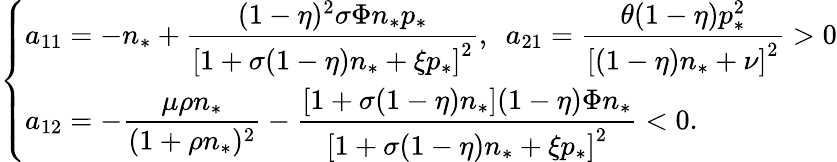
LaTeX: \left\{ \begin{array}{ll}{a_{11}=-n_{*}+\displaystyle\frac{(1-\eta)^{2}\sigma\Phi n_{*}p_{*}}{\left[1+\sigma(1-\eta)n_{*}+\xi p_{*}\right]^{2}},\, \, \, a_{21}=\displaystyle\frac{\theta(1-\eta)p_{*}^{2}}{\left[(1-\eta)n_{*}+\nu\right]^{2}}>0}\\ {a_{12}=-\displaystyle\frac{\mu\rho n_{*}}{(1+\rho n_{*})^{2}}-\displaystyle\frac{\left[1+\sigma(1-\eta)n_{*}\right](1-\eta)\Phi n_{*}}{\left[1+\sigma(1-\eta)n_{*}+\xi p_{*}\right]^{2}}<0.}\end{array}\right.